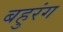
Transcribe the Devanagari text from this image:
बहुरंग